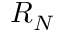
R _ { N }